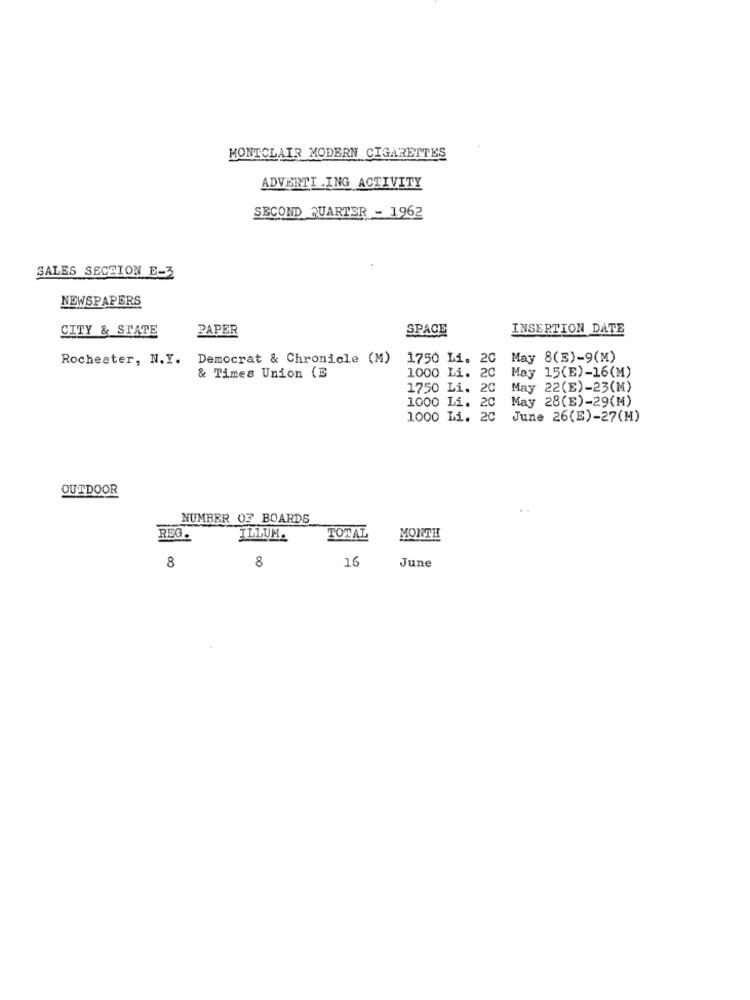
MONTCLAIR MODERN CIGARETTES
ADVERTI ING ACTIVITY
SECOND QUARTER - 1962
SALES SECEION E-3
NEWSPAPERS
CITY & STATE
PAPER
SPACE
INSERTION DATE
Rochester, N.Y.
Democrat & Chronicle (M)
1750 Li. 20 May 8(B)-9(M)
1000 Li. 20
May 15(E)-16(M)
& Times Union (E
1750 Li. 20
May 22(E)-23(M)
1000 Li. 20
May 28(E)-29(M)
1000 Li. 20
June 26(E)-27(M)
OUTDOOR
NUMBER OF BOARDS
REG.
ILLUM.
TOTAL
MONTH
8
8
16
June